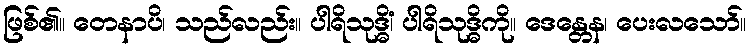
ဖြစ်၏။ တေနာပိ၊ သည်လည်း။ ပါရိသုဒ္ဓိံ၊ ပါရိသုဒ္ဓိကို။ ဒေန္တေန၊ ပေးလသော်။